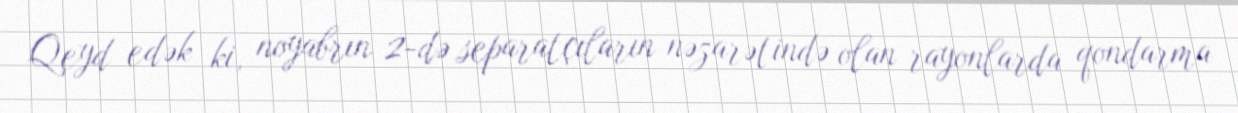
Qeyd edək ki, noyabrın 2-də separatçıların nəzarətində olan rayonlarda qondarma